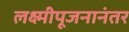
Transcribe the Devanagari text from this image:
लक्ष्मीपूजनानंतर